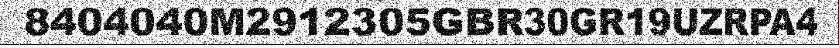
8404040M2912305GBR30GR19UZRPA4